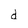
Character: d